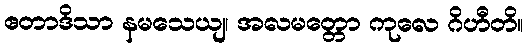
ဧတာဒိသာ နမသေယျ၊ အလမတ္တော ကုလေ ဂိဟီတိ။